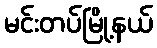
မင်းတပ်မြို့နယ်